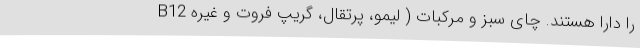
B12 را دارا هستند. چای سبز و مرکبات ( لیمو، پرتقال، گریپ فروت و غیره